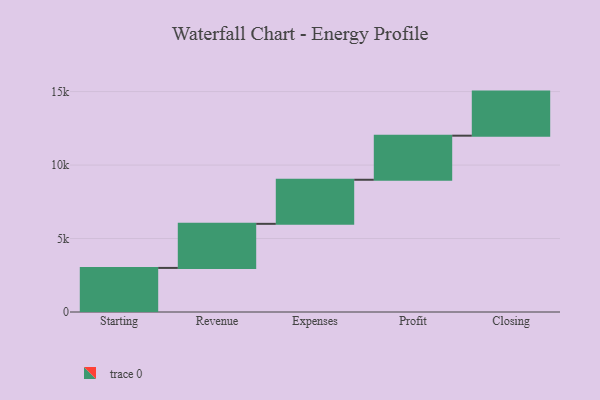
{"axis": {"x": "Step", "y": "Value"}, "legend": [""], "data": [{"x": "Starting", "y": 3000, "type": ""}, {"x": "Revenue", "y": 3000, "type": ""}, {"x": "Expenses", "y": 3000, "type": ""}, {"x": "Profit", "y": 3000, "type": ""}, {"x": "Closing", "y": 3000, "type": ""}]}